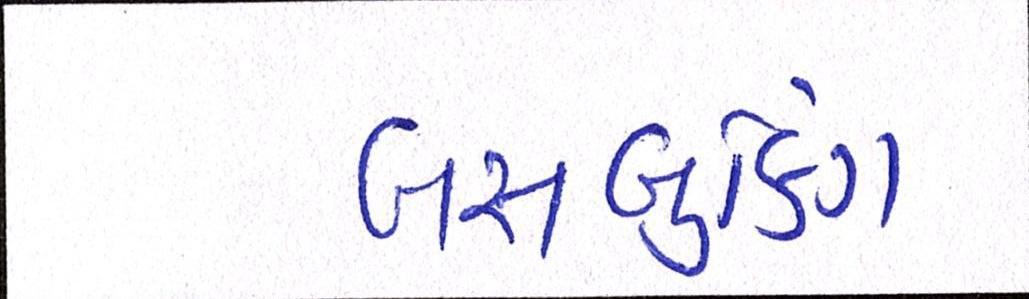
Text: બસ-બુકિંગ